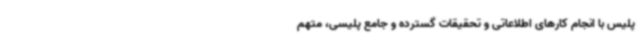
پلیس با انجام کارهای اطلاعاتی و تحقیقات گسترده و جامع پلیسی، متهم